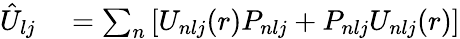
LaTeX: \begin{array}{rl}{\hat{U}_{lj}}&{{}=\sum_{n}\left[U_{nlj}(r)P_{nlj}+P_{nlj}U_{nlj}(r)\right]}\end{array}